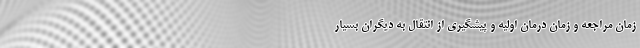
زمان مراجعه و زمان درمان اولیه و پیشگیری از انتقال به دیگران بسیار